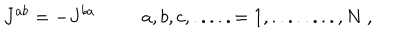
J ^ { a b } = - J ^ { b a } \ \ a , b , c , . . . . . = 1 , . . . . . . . . , N \ ,